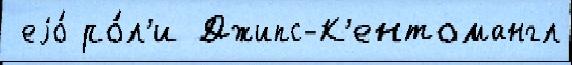
 еjо́ ро́л'и Джипс-К'ентомангл